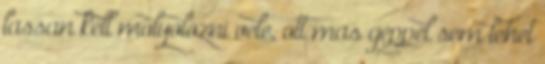
lassan kell molyolozni vele, ott mas geppel sem lehet